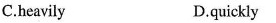
C.heavily D.quickly